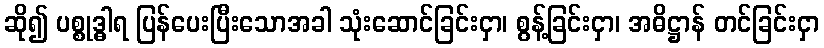
ဆို၍ ပစ္စုဒ္ဓါရ ပြန်ပေးပြီးသောအခါ သုံးဆောင်ခြင်းငှာ၊ စွန့်ခြင်းငှာ၊ အဓိဋ္ဌာန် တင်ခြင်းငှာ